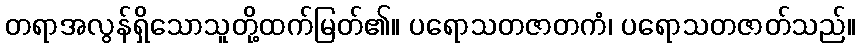
တရာအလွန်ရှိသောသူတို့ထက်မြတ်၏။ ပရောသတဇာတကံ၊ ပရောသတဇာတ်သည်။